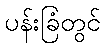
ပန်းခြံတွင်